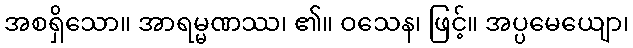
အစရှိသော။ အာရမ္မဏဿ၊ ၏။ ဝသေန၊ ဖြင့်။ အပ္ပမေယျော၊